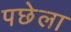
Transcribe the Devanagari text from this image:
पछेला